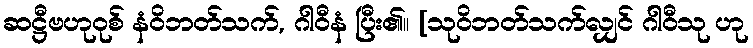
ဆဋ္ဌီဗဟုဝုစ် နံဝိဘတ်သက်, ဂါဝီနံ ပြီး၏။ [သုဝိဘတ်သက်လျှင် ဂါဝီသု ဟု